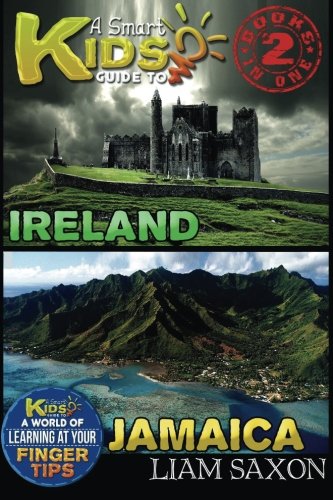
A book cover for A Smart Kids Guide To IRELAND AND JAMAICA: A World Of Learning At Your Fingertips; Liam Saxon; Travel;